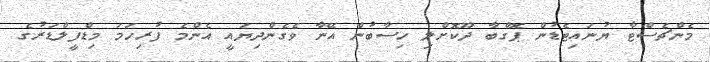
މެންޗެސްޓާ ޔުނައިޓެޑުން ޕޮގްބާ ދޫކޮށްލި ހިސާބުން އޭނާ ވެގެންދިޔައީ އެންމެ ފުރިހަަމަ މިޑްފީލްޑަރުގެ